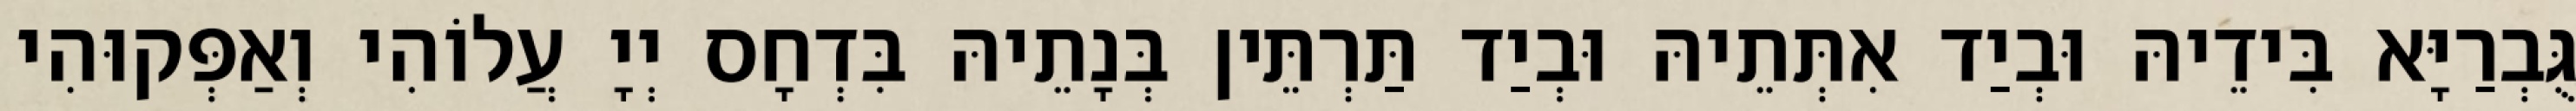
גֻּבְרַיָּא בִּידֵיהּ וּבְיַד אִתְּתֵיהּ וּבְיַד תַּרְתֵּין בְּנָתֵיהּ בִּדְחָס יְיָ עֲלוֹהִי וְאַפְּקוּהִי